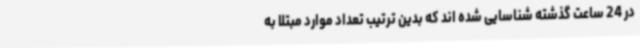
در 24 ساعت گذشته شناسایی شده اند که بدین ترتیب تعداد موارد مبتلا به